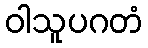
ဝါသူပဂတံ